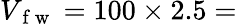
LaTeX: V_{\mathrm{~f~w~}}=100\times 2.5=